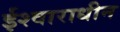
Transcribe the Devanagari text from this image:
ईश्वाराधीन